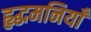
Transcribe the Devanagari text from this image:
हृद्धमनियाँ